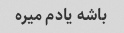
باشه یادم میره